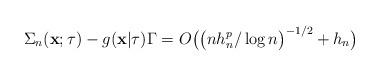
LaTeX: \begin{align*}\Sigma_n(\mathbf{x};\tau)-g(\mathbf{x}|\tau)\Gamma =O \bigl(\bigl(nh_n^p/\log n\bigr)^{-1/2}+h_n\bigr) \end{align*}